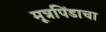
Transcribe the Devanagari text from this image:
मूत्रपिंडाचा